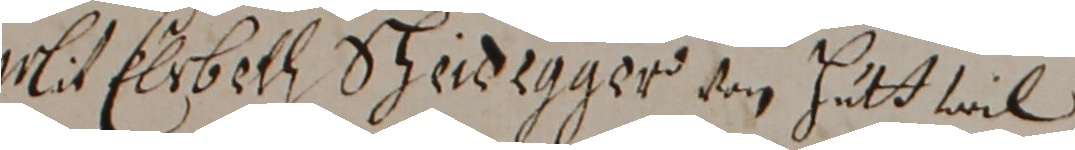
Mit Elrbath Scheidigger von hatt wil